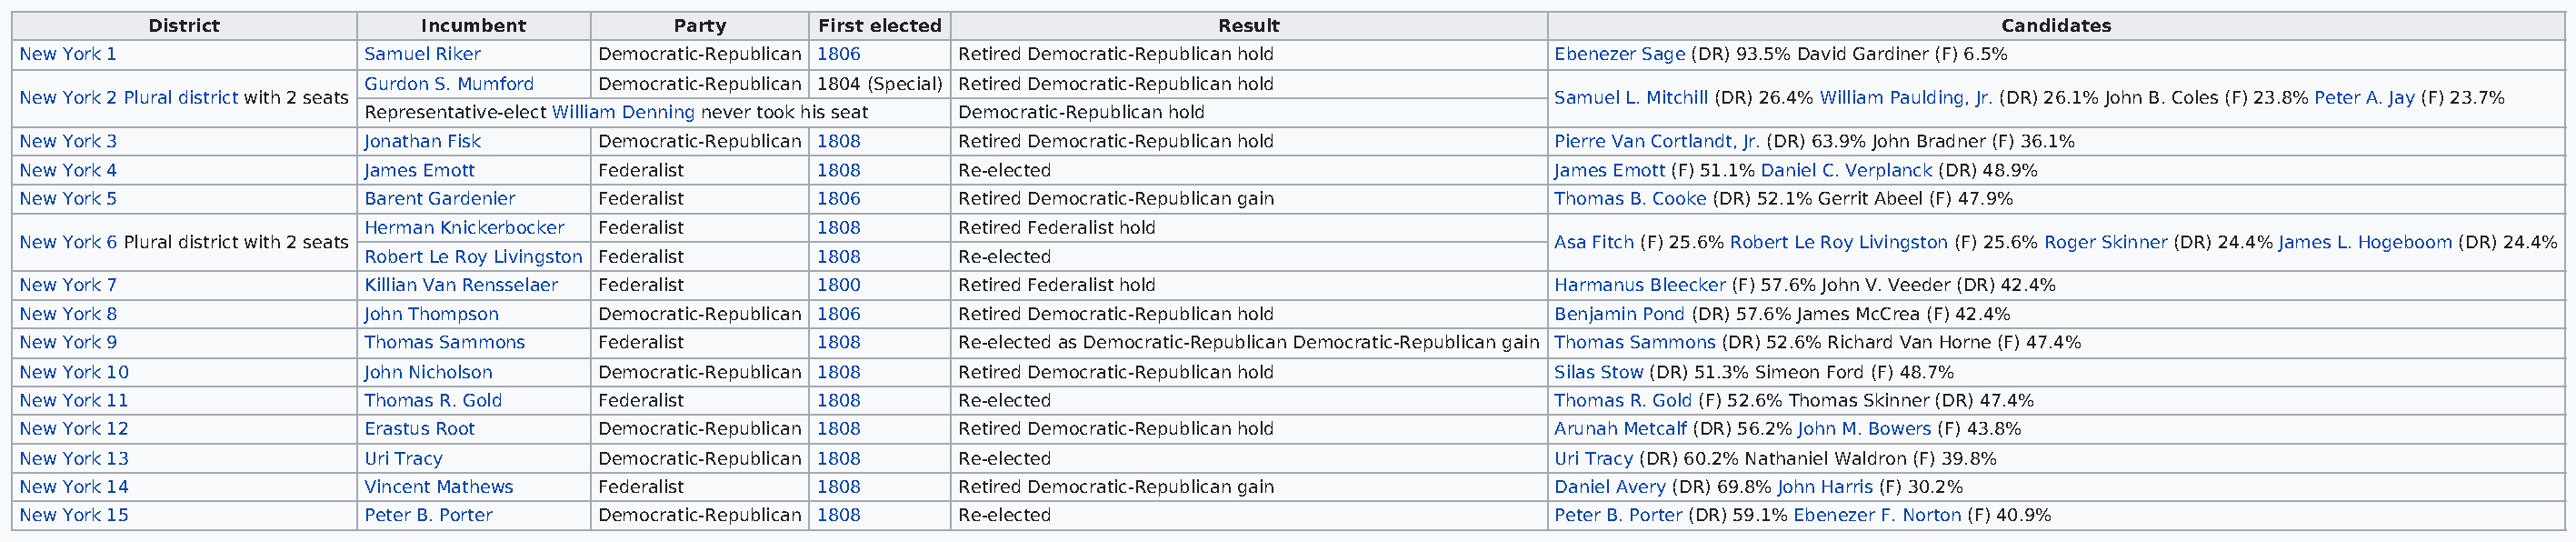
District            Incumbent         Party      First elected                Result                                                   Candidates
 New York 1                Samuel Riker     Democratic-Republican 1806 Retired Democratic-Republican hold        Ebenezer Sage (DR) 93.5% David Gardiner (F) 6.5%
 Gurdon S. Mumford Democratic-Republican 1804 (Special) Retired Democratic-Republican hold
 New York 2 Plural district with 2 seats                                                                         Samuel L. Mitchill (DR) 26.4% William Paulding, Jr. (DR) 26.1% John B. Coles (F) 23.8% Peter A. Jay (F) 23.7%
 Representative-elect William Denning never took his seat Democratic-Republican hold
 New York 3                Jonathan Fisk    Democratic-Republican 1808 Retired Democratic-Republican hold        Pierre Van Cortlandt, Jr. (DR) 63.9% John Bradner (F) 36.1%
 New York 4                James Emott      Federalist     1808       Re-elected                                 James Emott (F) 51.1% Daniel C. Verplanck (DR) 48.9%
 New York 5                Barent Gardenier Federalist     1806       Retired Democratic-Republican gain         Thomas B. Cooke (DR) 52.1% Gerrit Abeel (F) 47.9%
 Herman Knickerbocker Federalist 1808       Retired Federalist hold
 New York 6 Plural district with 2 seats                                                                         Asa Fitch (F) 25.6% Robert Le Roy Livingston (F) 25.6% Roger Skinner (DR) 24.4% James L. Hogeboom (DR) 24.4%
 Robert Le Roy Livingston Federalist 1808   Re-elected
 New York 7                Killian Van Rensselaer Federalist 1800     Retired Federalist hold                    Harmanus Bleecker (F) 57.6% John V. Veeder (DR) 42.4%
 New York 8                John Thompson    Democratic-Republican 1806 Retired Democratic-Republican hold        Benjamin Pond (DR) 57.6% James McCrea (F) 42.4%
 New York 9                Thomas Sammons   Federalist     1808       Re-elected as Democratic-Republican Democratic-Republican gain Thomas Sammons (DR) 52.6% Richard Van Horne (F) 47.4%
 New York 10               John Nicholson   Democratic-Republican 1808 Retired Democratic-Republican hold        Silas Stow (DR) 51.3% Simeon Ford (F) 48.7%
 New York 11               Thomas R. Gold   Federalist     1808       Re-elected                                 Thomas R. Gold (F) 52.6% Thomas Skinner (DR) 47.4%
 New York 12               Erastus Root     Democratic-Republican 1808 Retired Democratic-Republican hold        Arunah Metcalf (DR) 56.2% John M. Bowers (F) 43.8%
 New York 13               Uri Tracy        Democratic-Republican 1808 Re-elected                                Uri Tracy (DR) 60.2% Nathaniel Waldron (F) 39.8%
 New York 14               Vincent Mathews  Federalist     1808       Retired Democratic-Republican gain         Daniel Avery (DR) 69.8% John Harris (F) 30.2%
 New York 15               Peter B. Porter  Democratic-Republican 1808 Re-elected                                Peter B. Porter (DR) 59.1% Ebenezer F. Norton (F) 40.9%